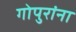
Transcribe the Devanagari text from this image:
गोपुरांना